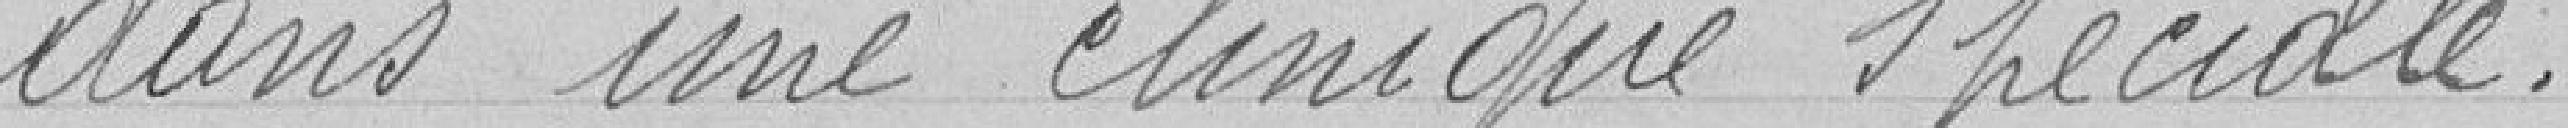
dans une clinique spéciale.